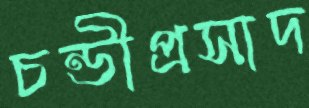
চন্ডীপ্রসাদ